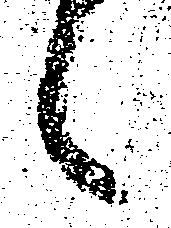
候